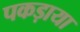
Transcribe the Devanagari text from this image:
पकड़ाया